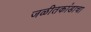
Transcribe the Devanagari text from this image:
जळीतकांडाचा